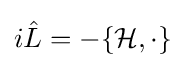
i{\hat {L}}=-\{{\mathcal {H}},\cdot \}